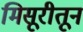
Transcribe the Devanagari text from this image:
मिसूरीतून